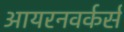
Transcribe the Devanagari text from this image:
आयरनवर्कर्स